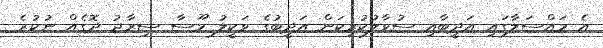
އެ މައްސަލާގައި އަދީބާއި ސުވާލުކުރިކަން އަދީބުގެ ވަކީލު މޫސާ ސިރާޖު ދޮގެއް ނުކުރެ